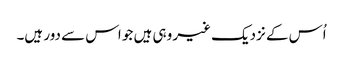
اُس کے نزدیک غیر وہی ہیں جو اس سے دور ہیں۔